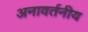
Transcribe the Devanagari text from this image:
अनावर्तनीय